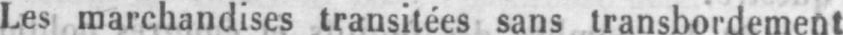
Les marchandises transitées sans transbordement